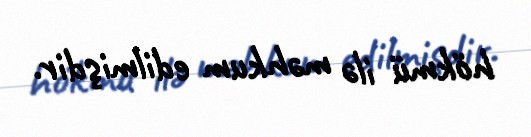
hökmü ilə məhkum edilmişdir.